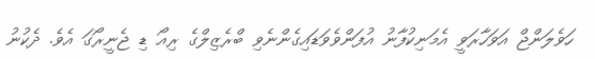
ހަވެލަންޖް އަވަހާރަވީ އެމަނިކުފާނު އުފަންވެވަޑައިގެންނެވި ބްރެޒިލްގެ ރިއޯ ޑި ޖެނީރޯގަ އެވެ. ދެކުނު